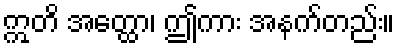
ဣတိ အတ္ထော၊ ဤကား အနက်တည်း။